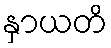
နှာယတိ